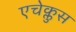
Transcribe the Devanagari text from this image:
एचेक्लुस